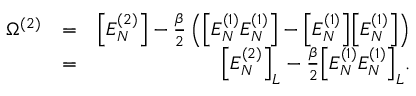
\begin{array} { r l r } { \Omega ^ { ( 2 ) } } & { = } & { \Big [ E _ { N } ^ { ( 2 ) } \Big ] - \frac { \beta } { 2 } \left( \Big [ E _ { N } ^ { ( 1 ) } E _ { N } ^ { ( 1 ) } \Big ] - \Big [ E _ { N } ^ { ( 1 ) } \Big ] \Big [ E _ { N } ^ { ( 1 ) } \Big ] \right) } \\ & { = } & { \Big [ E _ { N } ^ { ( 2 ) } \Big ] _ { L } - \frac { \beta } { 2 } \Big [ E _ { N } ^ { ( 1 ) } E _ { N } ^ { ( 1 ) } \Big ] _ { L } . } \end{array}